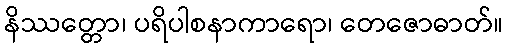
နိဿတ္တော၊ ပရိပါစနာကာရော၊ တေဇောဓာတ်။